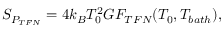
S _ { P _ { T F N } } = 4 k _ { B } T _ { 0 } ^ { 2 } G F _ { T F N } ( T _ { 0 } , T _ { b a t h } ) ,